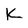
Character: K